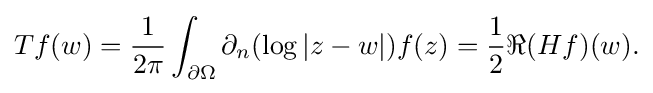
\displaystyle {Tf(w)={1 \over 2\pi }\int _{\partial \Omega }\partial _{n}(\log |z-w|)f(z)={1 \over 2}\Re (Hf)(w).}